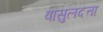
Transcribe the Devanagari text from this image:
वासुलदत्ता